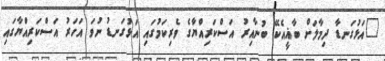
"އަޅުގަނޑާ ދިމާލަށް ބާޣީއެކޭ ބުނާއިރު އަސްކަރިއްޔާގެ ވެރިކަމުގައި އަޅުގަނޑު ނުވަ އަހަރު އަސްކަރިއްޔާގައި